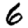
Digit: 6